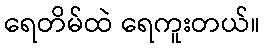
ရေတိမ်ထဲ ရေကူးတယ်။